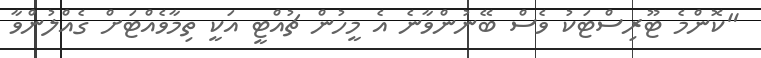
"ކޮންމެ ޓޫރިސްޓަކު ވެސް ބޭނުންވާނެ އެ މީހުން ޗުއްޓީ އަކީ ތިމާވެއްޓަށް ގެއްލުންވާ